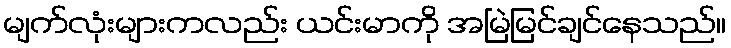
မျက်လုံးများကလည်း ယင်းမာကို အမြဲမြင်ချင်နေသည်။